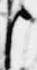
臣